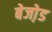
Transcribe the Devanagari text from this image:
बेजो़ड